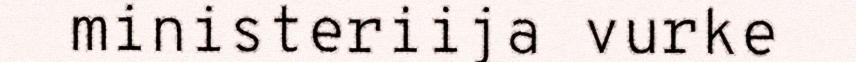
ministeriija vurke